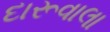
દારૂવાલા